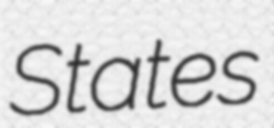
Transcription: States